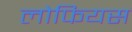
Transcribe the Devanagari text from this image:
लोफियस